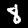
Digit: 8